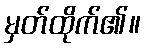
မှတ်ထိုက်၏။